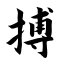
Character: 搏